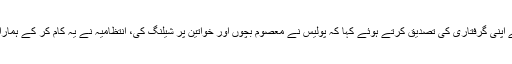
گرفتاری کے بعد مصطفیٰ کمال نے میڈیا سے گفتگو کرتے ہوئے اپنی گرفتاری کی تصدیق کرتے ہوئے کہا کہ پولیس نے معصوم بچوں اور خواتین پر شیلنگ کی، انتظامیہ نے یہ کام کر کے ہمارا کام بہت آسان کردیا، اب کراچی کے ہر علاقے میں مظاہرہ ہوگا۔